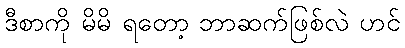
ဒီစာကို မိမိ ရတော့ ဘာဆက်ဖြစ်လဲ ဟင်